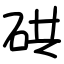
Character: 硔